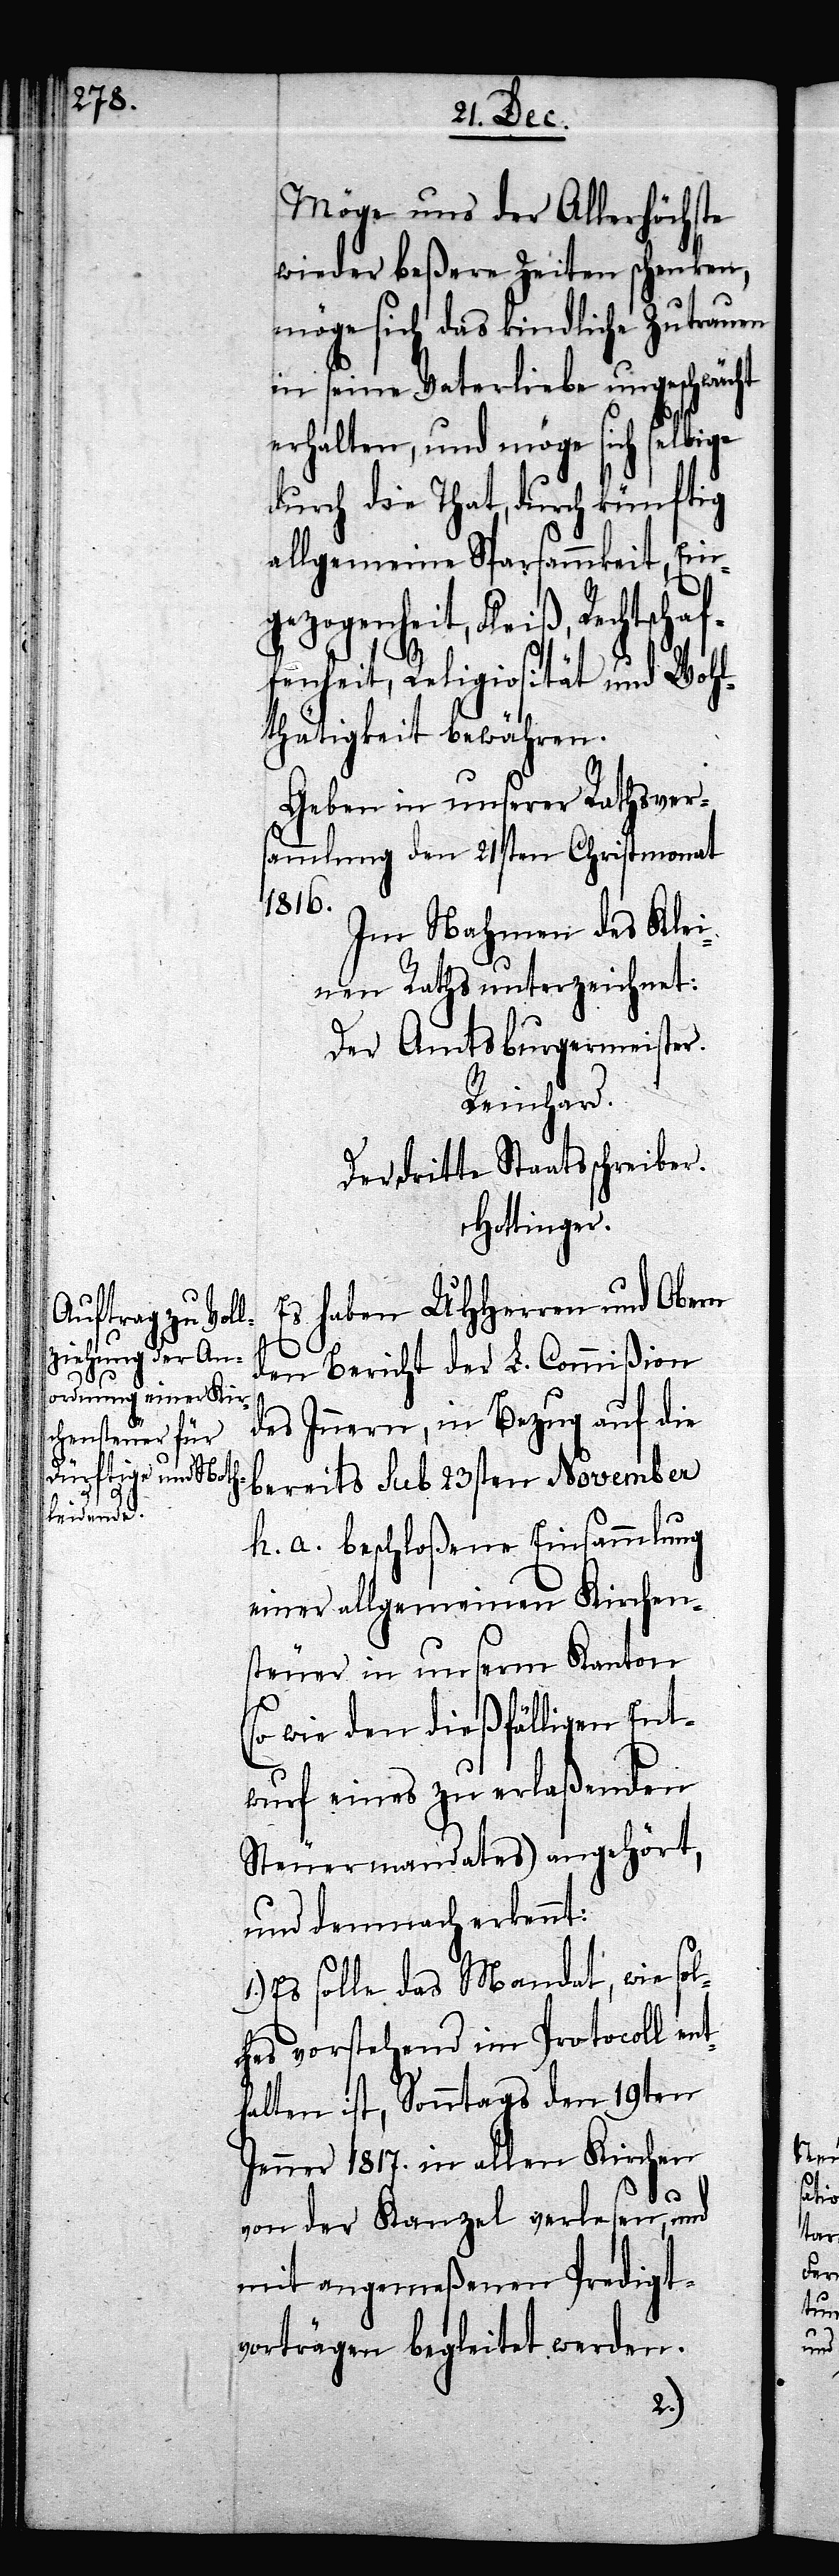
Möge uns der Allerhöchste
wieder beßere Zeiten schenken,
möge sich das kindliche Zutrauen
in seine Vaterliebe ungeschwächt
erhalten, und möge sich selbige
durch die That, durch künftig
allgemeine Sparsammkeit, Ein¬
bereits sub 23sten
fenheit, Religiosität und Wohl¬
thätigkeit bewähren.
Geben in unserer Rathsver¬
sammlung den 21sten Christmonat
1816.
Im Nahmen des Klei¬
nen Raths unterzeichnet:
Der Amtsburgermeister.
Reinhard.
Der dritte Staatsschreiber.
Hottinger.
Es haben UHHerren und Obern
den Bericht der L. Commißion
des Innern, in Bezug auf die
h. a. beschloßene Einsammlung
einer allgemeinen Kirchen¬
steuer in unserm Kanton
(so wie den dießfälligen Ent¬
wurf eines zu erlaßenden
Steuermandates) angehört,
und demnach erkennt:
Es solle das Mandat, wie sol¬
ches vorstehend im Protocoll ent¬
halten ist, Sonntags den 19ten
Jenner 1817. in allen Kirchen
von der Kanzel verlesen, und
mit angemeßenen Predigt¬
vorträgen begleitet werden.